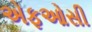
એફઓસી